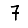
Digit: 7